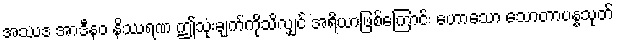
အဿဒ အာဒီနဝ နိဿရဏ ဤသုံးချက်ကိုသိလျှင် အရိယာဖြစ်ကြောင်း ဟောသော သောတာပန္နသုတ်